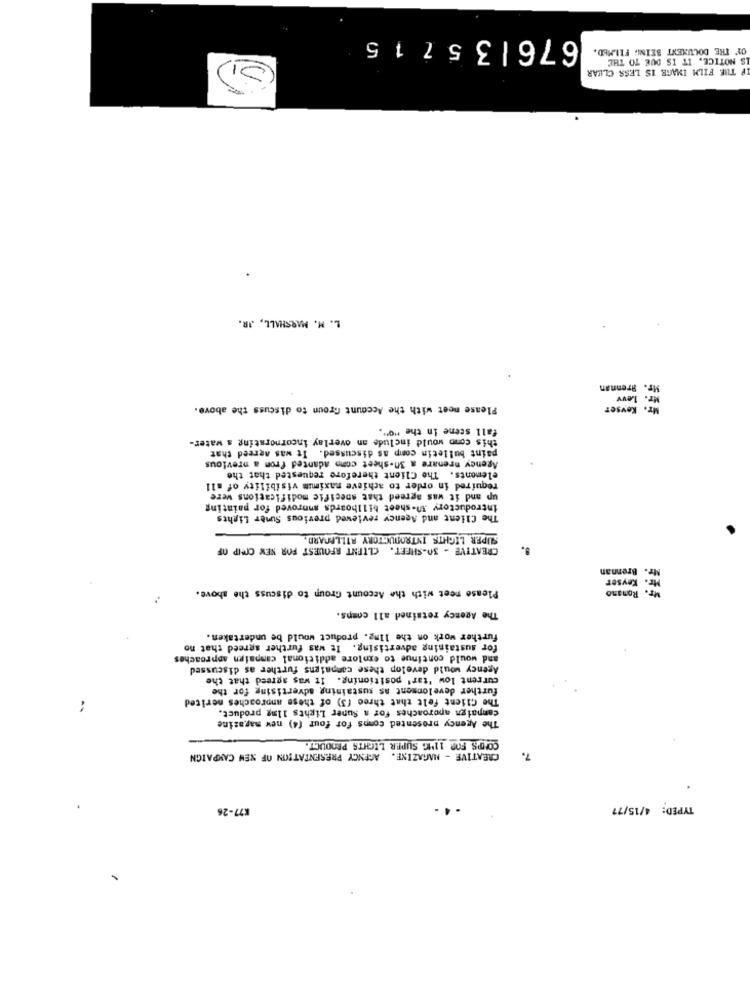
676135715
OF THE DOCUMENT BEING FILMED.
IS NOTICE, IT IS DUE TO THE
F THE FILM IMAGE IS LESS CLEAR
L. M. MARSHALL, JR.
Mr. Brennan
Mr. Levy
Please meet with the Account Groun to discuss the above.
Mr. Keyser
fall scene in the """.
this como would include an overlay incornorating s water-
paint bulletin comp as discussed. It was agreed that
Agency prenare a 30-sheet comp adanted from a previous
elements. The Client therefore requested that the
required in order to achieve maximum visibility of a11
up and it was agreed that specific modifications were
introductory In-sheet billboards annroved for painting
The Client and Agency reviewed previous Sumer Lights
SUPER LIGHTS INTRODUCTORY AILLECARD,
CREATIVE - 30-SHEET. CLIENT REQUEST FOR NEM CMCIP OF
fr. Brennan
Mr. Keyser
Please meet with the Account Group to discuss the shove.
Romano
The Agency retained all comps.
further work on the 11mg. product would be undertaken.
for sustaining advertising. It was further agreed that no
and would continue to explore additional campaign approaches
Agency would develop these campaigns further as discussed
current low 'tar' positioning. It was agreed that the
further develonment as sustaining advertising for the
:
The Client felt that three (3) of these anoroaches merited
campaign approaches for a Suner Lights 11mg product.
The Agency presented comps for four (4) new magazine
CONOPS FOR 11MG SUPER LIGHTS PRODUCT.
AGENCY PRESENTATION OF NEW CAMPAIGN
CREATIVE - MAGAZINE.
7.
K77-26
TYPED: 4/15/77